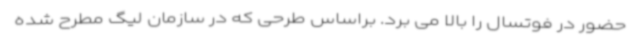
حضور در فوتسال را بالا می برد. براساس طرحی که در سازمان لیگ مطرح شده